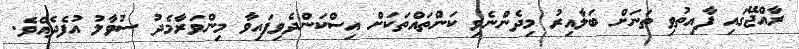
ރާއްޖޭގައި ފާއިތުވި ތަނަށް ބަލާއިރު މިދެންނެވި ކަންތައްތަކަށް އިސްކަންދެވިފައިވާ މިންވަރާމެދު ސުވާލު އުފެދެއެވެ.